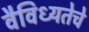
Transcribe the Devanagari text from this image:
वैविध्यतेचे